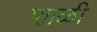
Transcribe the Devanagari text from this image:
शाळी